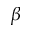
\beta